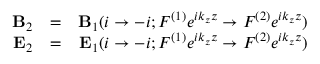
\begin{array} { r l r } { { \bf B } _ { 2 } } & { = } & { { \bf B } _ { 1 } ( i \rightarrow - i ; { \cal F } ^ { ( 1 ) } e ^ { i k _ { z } z } \rightarrow { \cal F } ^ { ( 2 ) } e ^ { i k _ { z } z } ) } \\ { { \bf E } _ { 2 } } & { = } & { { \bf E } _ { 1 } ( i \rightarrow - i ; { \cal F } ^ { ( 1 ) } e ^ { i k _ { z } z } \rightarrow { \cal F } ^ { ( 2 ) } e ^ { i k _ { z } z } ) } \end{array}